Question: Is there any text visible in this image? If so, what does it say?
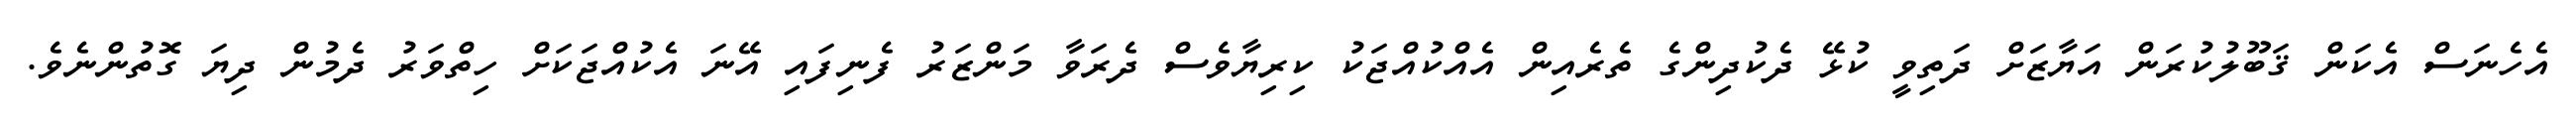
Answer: އެހެނަސް އެކަން ޤަބޫލުކުރަން އަޔާޒަށް ދަތިވީ ކުޅޭ ދެކުދިންގެ ތެރެއިން އެއްކުއްޖަކު ކިރިޔާވެސް ދެރަވާ މަންޒަރު ފެނިފައި އޭނަ އެކުއްޖަކަށް ހިތްވަރު ދެމުން ދިޔަ ގޮތުންނެވެ.